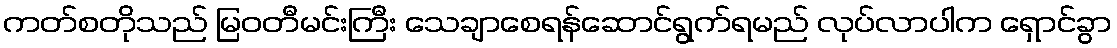
ကတ်စတိုသည် မြဝတီမင်းကြီး သေချာစေရန်ဆောင်ရွက်ရမည် လုပ်လာပါက ရှောင်ခွာ